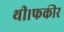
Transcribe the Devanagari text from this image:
थी।फकीर